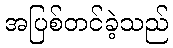
အပြစ်တင်ခဲ့သည်